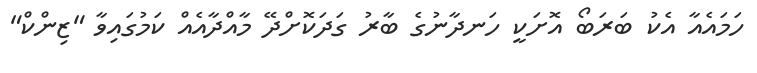
ހަމައެއާ އެކު ބަރަބޯ އޮށަކީ ހަނދާނުގެ ބާރު ގަދަކޮށްދޭ މާއްދާއެއް ކަމުގައިވާ "ޒިންކް"